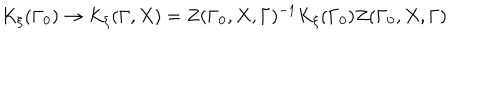
K _ { \xi } ( \Gamma _ { 0 } ) \rightarrow K _ { \xi } ( \Gamma , X ) = Z ( \Gamma _ { 0 } , X , \Gamma ) ^ { - 1 } K _ { \xi } ( \Gamma _ { 0 } ) Z ( \Gamma _ { 0 } , X , \Gamma )